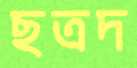
ছত্রদ